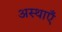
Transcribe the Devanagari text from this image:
अस्थाएँ